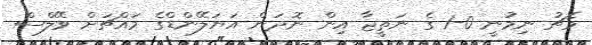
މެޗު ނިމުނީ 0-1 ގެ ނަތީޖާ އިން ނޮދަން އަޔަލޭންޑްގެ މައްޗަށް ވޭލްސް